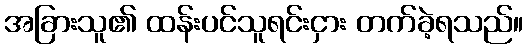
အခြားသူ၏ ထန်းပင်သူရင်းငှား တက်ခဲ့ရသည်။